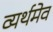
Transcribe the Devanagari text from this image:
व्यर्थमेव